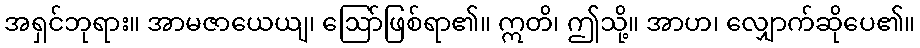
အရှင်ဘုရား။ အာမဇာယေယျ၊ ဩော်ဖြစ်ရာ၏။ ဣတိ၊ ဤသို့။ အာဟ၊ လျှောက်ဆိုပေ၏။